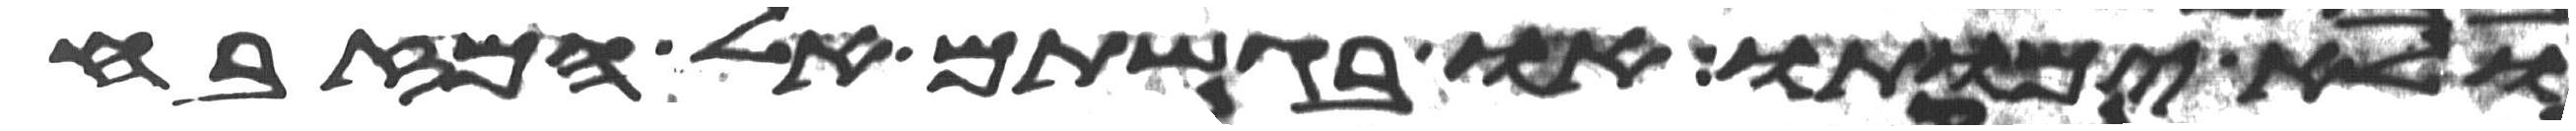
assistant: ולא ימותו או בגשתם אל המזבח